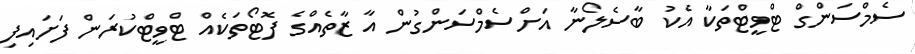
ސެމްސަންގް ޓްވީޓްތަކާ އެކު ބާސެލޯނާ އަށްސެމްސަންގުން އާ ޒާތެއްގެ ފޮޓޯތަކެއް ޓްވީޓްކުރަން ފަށައިފި